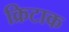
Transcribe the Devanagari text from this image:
क्रिटाक